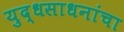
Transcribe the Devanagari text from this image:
युद्धसाधनांचा